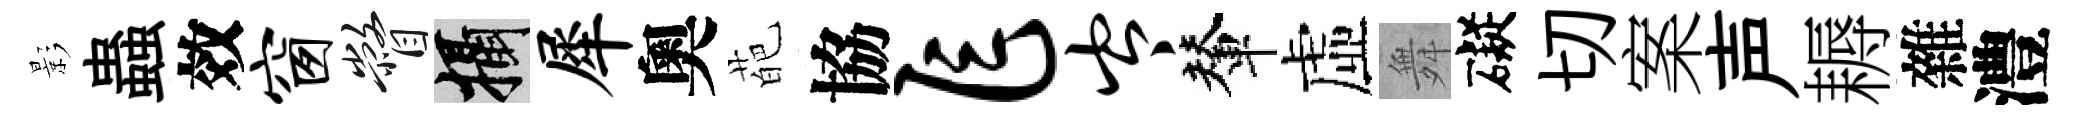
影蟲效窗瞥攝犀奧葩協乍岑輦虛舞礙切案声耨雜澧